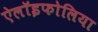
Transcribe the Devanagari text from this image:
ऐलॉइफोलिया